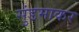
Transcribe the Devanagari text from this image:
सुंडमाकर